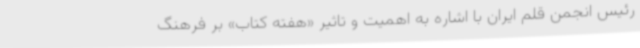
رئیس انجمن قلم ایران با اشاره به اهمیت و تاثیر «هفته کتاب» بر فرهنگ